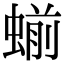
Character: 𬠝